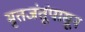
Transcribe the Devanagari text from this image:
मृतजंतूंपासून